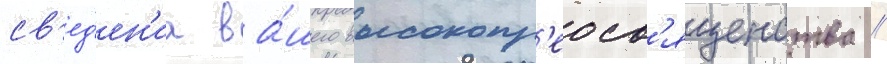
св'ед'ен'иа ва́шего высокопр'еосв'ященства /